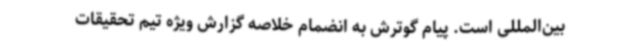
بین‌المللی است. پیام گوترش به انضمام خلاصه گزارش ویژه تیم تحقیقات